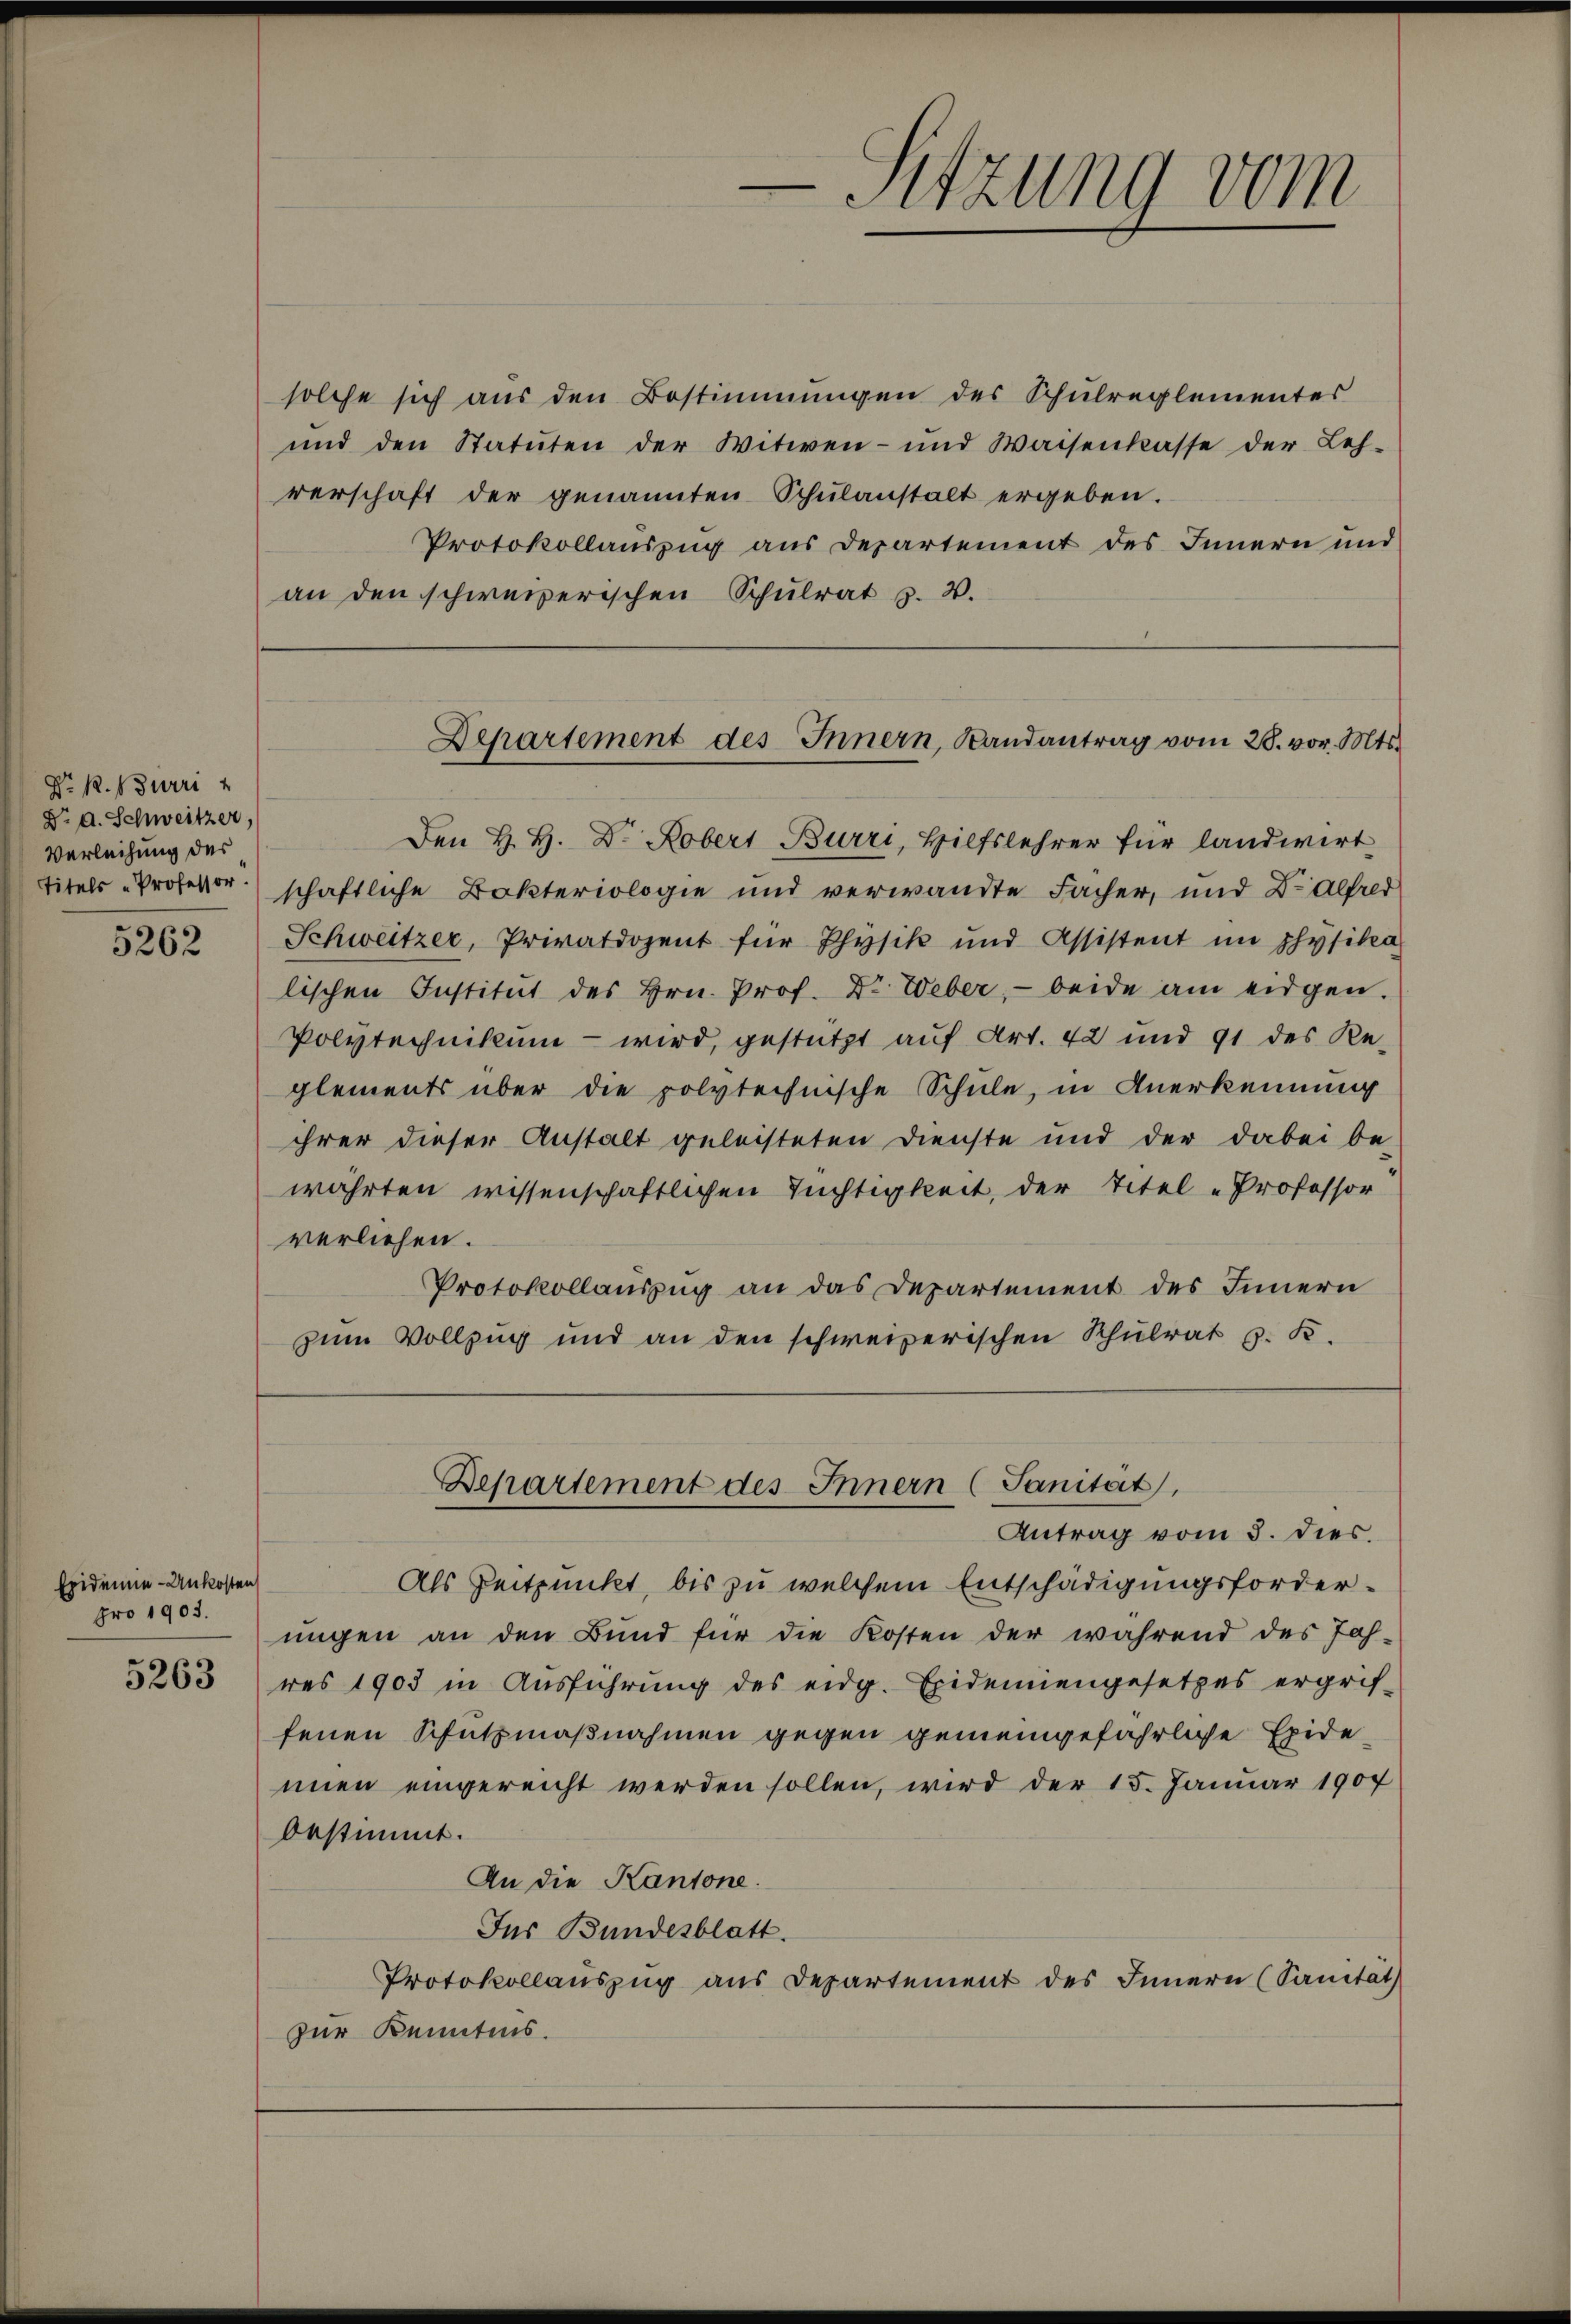
5262

Epidemie-Unkosten
pro 1903.

5263

Dr. R. Burri
Dr A. Schweitzer,
Verleihung des

solche sich aus den Bestimmungen des Schulreglementes
und den Statuten der Witwen- und Waisenkasse der Leh-
verschaft der genannten Schŭlanstalt ergeben.
Protokollauszug aus Departement des Innern und
an den schweizerischen Schulrat z. B.

Den H. H. Dr. Kobert Burri, Hilfslehrer für landwirt
titels Professor schaftliche Bokteriologie und verwandte Fächer, und Dr Alfred
Schweitzer, Privatdozent für Physik und Assistent im physika
lischen Institut des Hrn. Prof. Dr. Weber, - beide am eidgen.
Polytechnikum - wird, gestützt auf Art. 42 und 91 des Reglements über die polytechnische Schule, in Anerkennung
ihrer dieser Anstalt geleisteten Dienste und der dabei be-
währten wissenschaftlichen Tüchtigkeit, der Titel „Professor
verliehen.
Protokollauszug an das Departement des Innern
zum Vollzug und an den schweizerischen Schulrat z. B.

-Sitzung vom

Departement des Innern, Landantrag vom 28. vor. Mts.

Departement des Innern (Sanität,
Antrag vom 3. dies.

Als Zeitpunkt, bis zu welchem Entschädigungsforderungen an den Bund für die Kosten der während des Jah-
res 1903 in Ausführung des eidg. Eidemiengesetzes ergrif-
fenen Schutzmaßnahmen gegen gemeingefährliche Exidemien eingereicht werden sollen, wird der 15. Januar 1907
bestimmt.
An die Kantone.
Jus Bundesblatt.
Protokollauszug aus Departement des Innern (Sanität
zur Kenntnis.